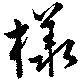
様